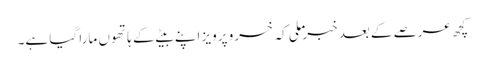
کچھ عرصے کے بعد خبر ملی کہ خسرو پرویز اپنے بیٹے کے ہاتھوں مارا گیا ہے۔